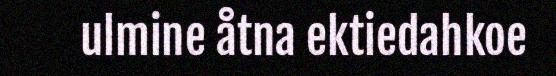
ulmine åtna ektiedahkoe